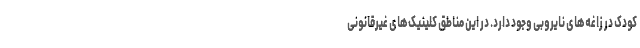
کودک در زاغه‌های نایروبی وجود دارد. در این مناطق کلینیک‌های غیرقانونی